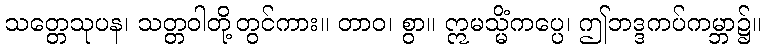
သတ္တေသုပန၊ သတ္တဝါတို့တွင်ကား။ တာဝ၊ စွာ။ ဣမသ္မိံကပ္ပေ၊ ဤဘဒ္ဒကပ်ကမ္ဘာ၌။